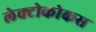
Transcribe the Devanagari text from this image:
लेक्टोकोकस